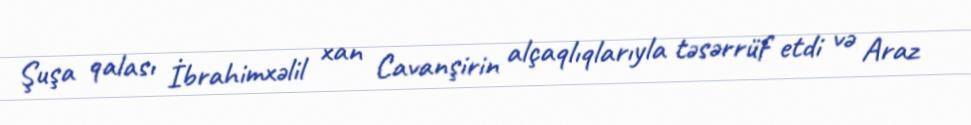
Şuşa qalası İbrahimxəlil xan Cavanşirin alçaqlıqlarıyla təsərrüf etdi və Araz